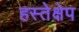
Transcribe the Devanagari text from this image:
हस्तेक्षेप